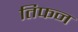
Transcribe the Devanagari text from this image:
तिफन